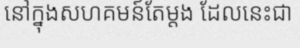
នៅក្នុងសហគមន៍តែម្តង ដែលនេះជា